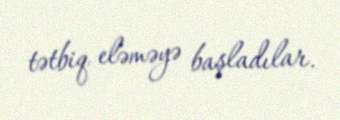
tətbiq eləməyə başladılar.